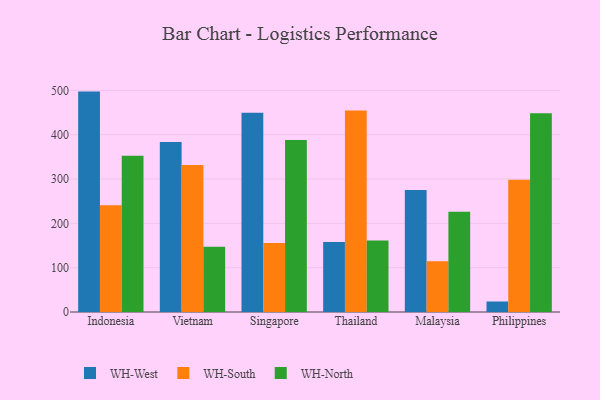
{"axis": {"x": "Country", "y": "LTV (USD)"}, "legend": ["WH-North", "WH-South", "WH-West"], "data": [{"x": "Indonesia", "y": 497.3, "type": "WH-West"}, {"x": "Indonesia", "y": 241.1, "type": "WH-South"}, {"x": "Indonesia", "y": 352.6, "type": "WH-North"}, {"x": "Vietnam", "y": 383.3, "type": "WH-West"}, {"x": "Vietnam", "y": 331.6, "type": "WH-South"}, {"x": "Vietnam", "y": 147.3, "type": "WH-North"}, {"x": "Singapore", "y": 449.6, "type": "WH-West"}, {"x": "Singapore", "y": 155.9, "type": "WH-South"}, {"x": "Singapore", "y": 388.3, "type": "WH-North"}, {"x": "Thailand", "y": 157.8, "type": "WH-West"}, {"x": "Thailand", "y": 454.5, "type": "WH-South"}, {"x": "Thailand", "y": 161.6, "type": "WH-North"}, {"x": "Malaysia", "y": 275.1, "type": "WH-West"}, {"x": "Malaysia", "y": 114.3, "type": "WH-South"}, {"x": "Malaysia", "y": 226.1, "type": "WH-North"}, {"x": "Philippines", "y": 23.7, "type": "WH-West"}, {"x": "Philippines", "y": 298.4, "type": "WH-South"}, {"x": "Philippines", "y": 448.6, "type": "WH-North"}]}